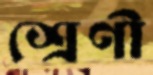
শ্রেণী